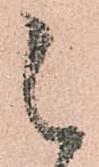
被